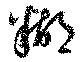
糊